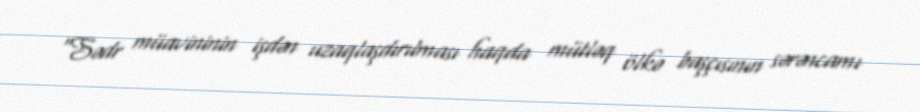
“Sədr müavininin işdən uzaqlaşdırılması haqda mütləq ölkə başçısının sərəncamı